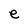
Character: e